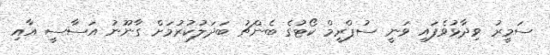
ސަމީރު ވިދާޅުވެފައި ވަނީ ސުޕްރީމް ކޯޓުގެ ބެންޗު ބަދަލުކުރުމަށް ގާނޫނު އަސާސީ އާއި